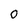
Character: 0